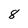
Character: 8